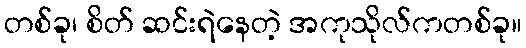
တစ်ခု၊ စိတ် ဆင်းရဲနေတဲ့ အကုသိုလ်ကတစ်ခု။